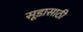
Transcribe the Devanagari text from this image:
सूडासाठी